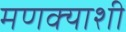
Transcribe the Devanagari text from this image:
मणक्याशी